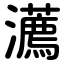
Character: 瀳